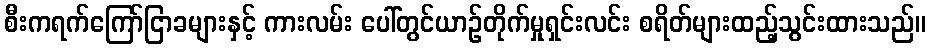
စီးကရက်ကြော်ငြာခများနှင့် ကားလမ်း ပေါ်တွင်ယာဉ်တိုက်မှုရှင်းလင်း စရိတ်များထည့်သွင်းထားသည်။